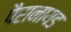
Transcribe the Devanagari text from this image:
पैरानायड